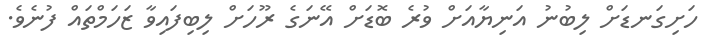
ހަށިގަނޑަށް ލިބުނު އަނިޔާއަށް ވުރެ ބޮޑަށް އޭނަގެ ރޫހަށް ލިބިފައިވާ ޒަހަމްތައް ފުނެވެ.